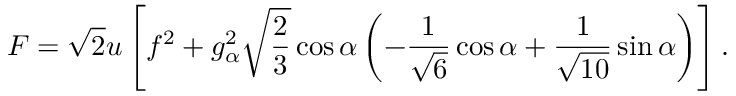
F = \sqrt 2 u \left[ f ^ { 2 } + g _ { \alpha } ^ { 2 } \sqrt { \frac { 2 } { 3 } } \cos \alpha \left( - { \frac { 1 } { \sqrt 6 } } \cos \alpha + { \frac { 1 } { \sqrt { 1 0 } } } \sin \alpha \right) \right] .